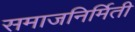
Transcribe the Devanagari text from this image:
समाजनिर्मिती